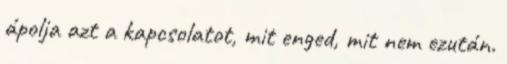
ápolja azt a kapcsolatot, mit enged, mit nem ezután.